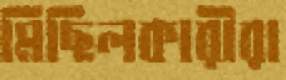
মিছিলকারীরা